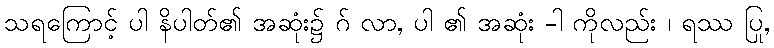
သရကြောင့် ပါ နိပါတ်၏ အဆုံး၌ ဂ် လာ, ပါ ၏ အဆုံး -ါ ကိုလည်း ၊ ရဿ ပြု,